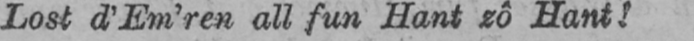
Lost d’Em’ren all fun Hant zô Hant!